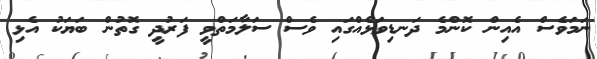
ނަމަވެސް އެއިން ކޮންމެ ދަނޑިވަޅެއްގައި ވެސް ސަލާމަތްވީ ފަރުދީ ގޮތުން ބަޔަކު އެޅި